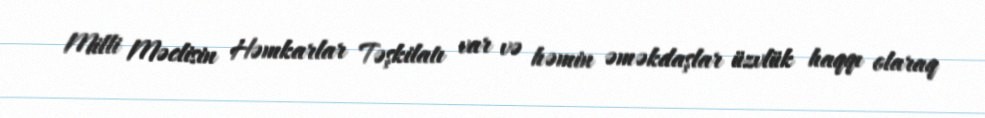
Milli Məclisin Həmkarlar Təşkilatı var və həmin əməkdaşlar üzvlük haqqı olaraq